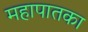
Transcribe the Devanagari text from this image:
महापातका